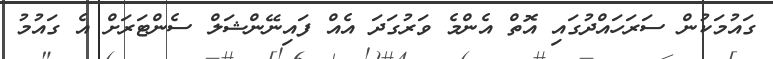
ގައުމަކުން ސަރަހައްދުގައި އޮތް އެންމެ ވަރުގަދަ އެއް ފައިނޭންޝަލް ސެންޓަރަށް އެ ގައުމު